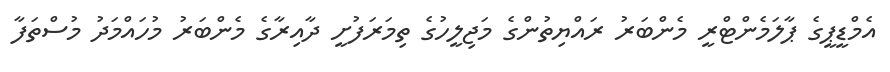
އެމްޑީޕީގެ ޕާލަމެންޓްރީ މެންބަރު ރައްޔިތުންގެ މަޖިލީހުގެ ތިމަރަފުށީ ދާއިރާގެ މެންބަރު މުހައްމަދު މުސްތަފާ